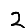
Digit: 2